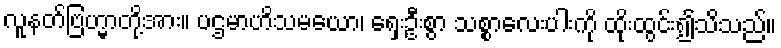
လူနတ်ဗြဟ္မာတို့အား။ ပဌမာဟိသမယော၊ ရှေးဦးစွာ သစ္စာလေးပါးကို ထိုးထွင်း၍သိသည်။